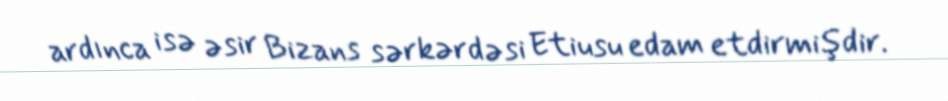
ardınca isə əsir Bizans sərkərdəsi Etiusu edam etdirmişdir.